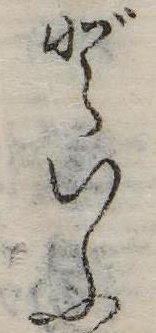
どいふ